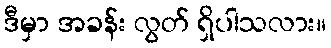
ဒီမှာ အခန်း လွတ် ရှိပါသလား။